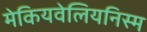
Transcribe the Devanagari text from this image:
मेकियवेलियनिस्म